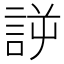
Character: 𰴲